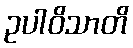
ဥပါဝိသာတိ